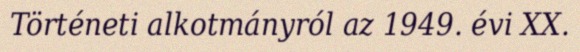
Történeti alkotmányról az 1949. évi XX.